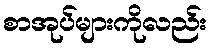
စာအုပ်များကိုလည်း